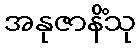
အနုဇာနိံသု